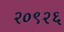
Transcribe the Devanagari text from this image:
२०९२६